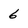
Character: 6